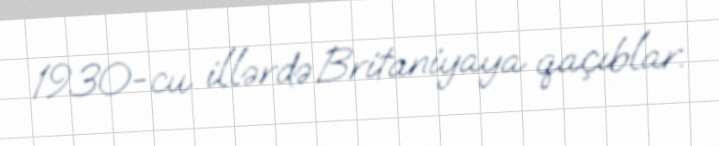
1930-cu illərdə Britaniyaya qaçıblar.